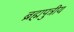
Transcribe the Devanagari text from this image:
ब्रह्मपुत्रीय